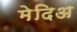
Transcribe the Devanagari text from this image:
मेदिअ